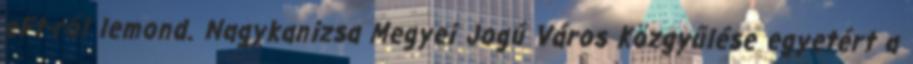
eFt-ról lemond. Nagykanizsa Megyei Jogú Város Közgyűlése egyetért a